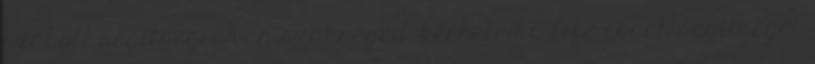
szabott segítségre van szükséged, kérheted a life coach segítségét